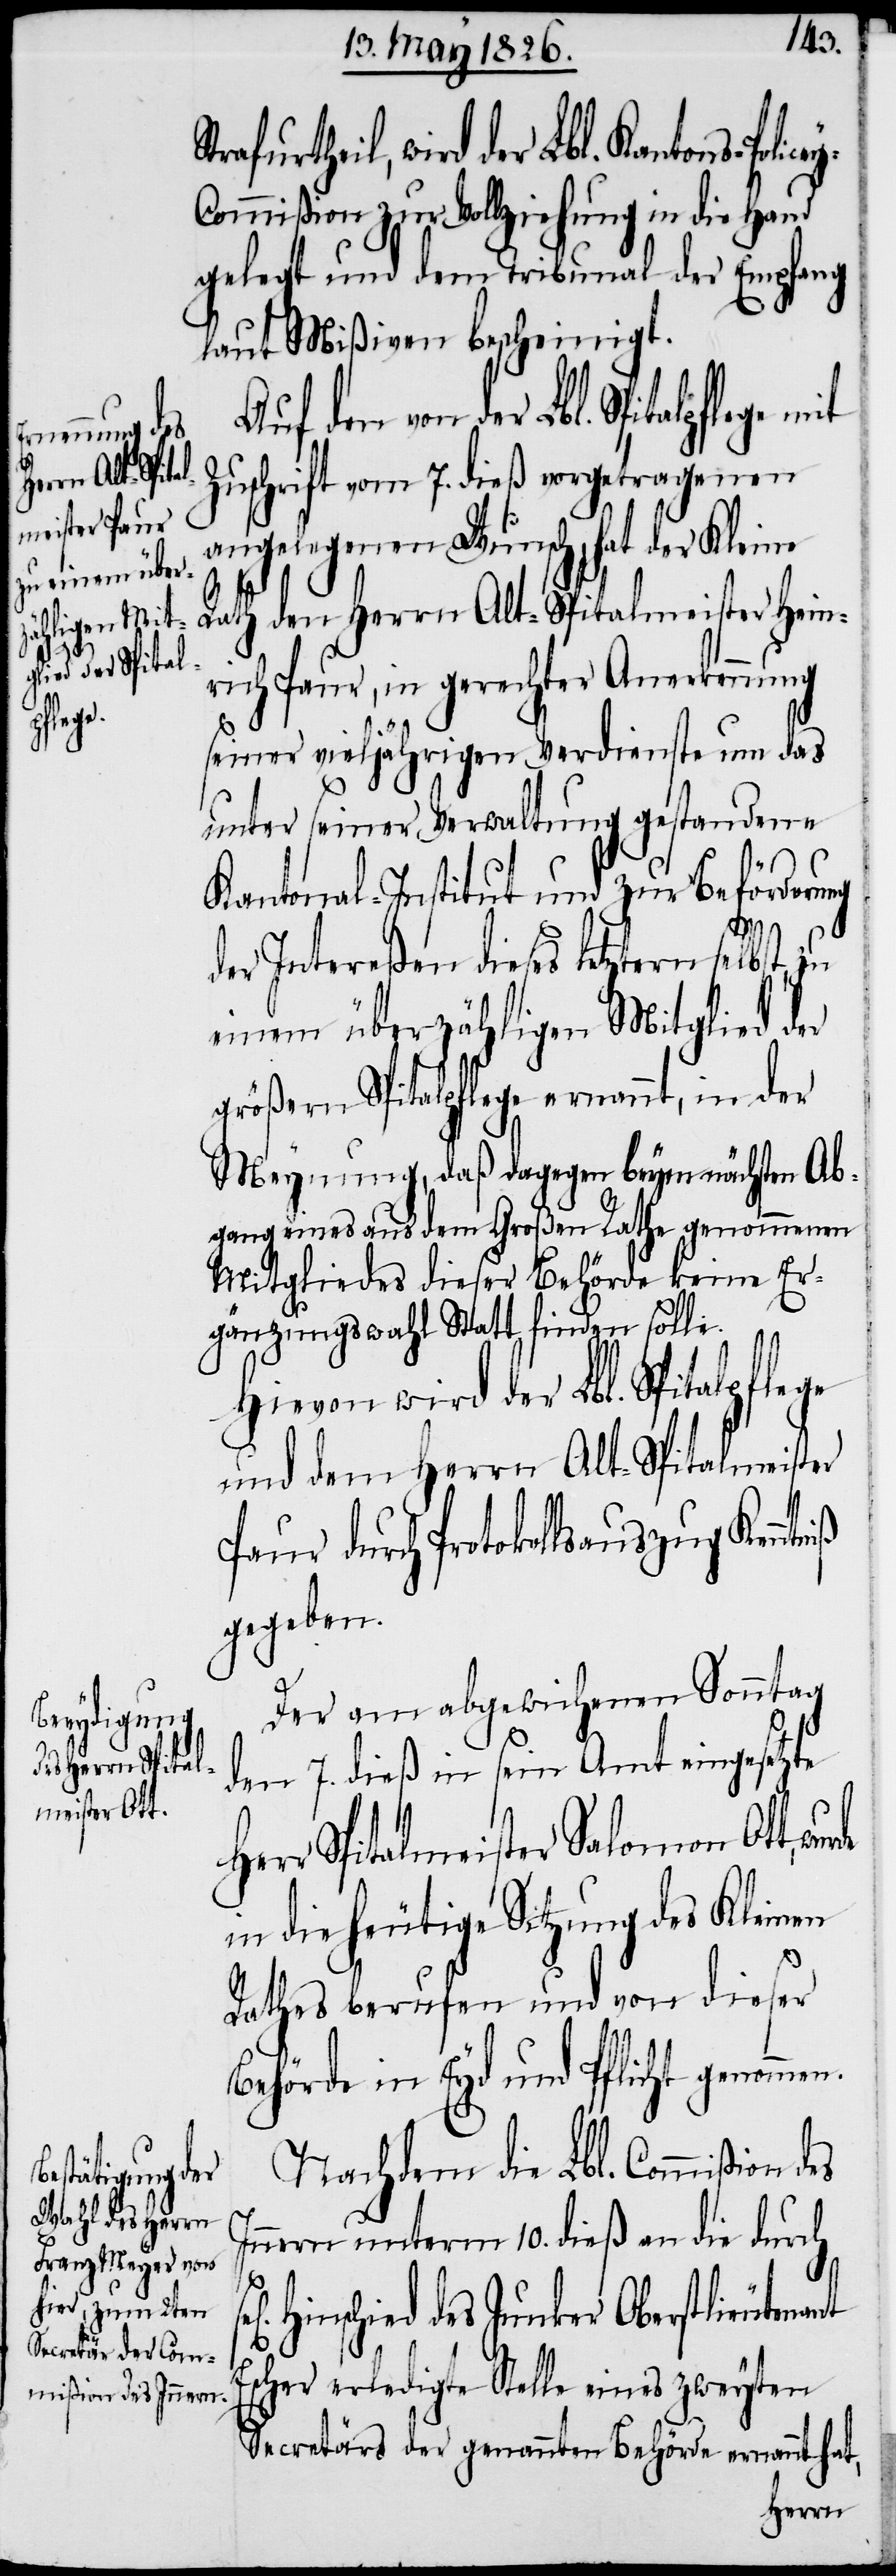
ant E¬

rtheil, wird der Lbl. Kantons-Polic¬
mmißion zur Vollziehung in die Hand
gelegt und dem Tribunal der Empfang
laut Mißiven bescheinigt.
Auf den von der Lbl. Spitalpflege
Zuschrift vom 7. dieß vorgetragenen
angelegenen Wunsch, hat der Kleine
Rath den Herrn Alt-Spitalmeister Hein¬
rich Paur, in gerechter Anerkennung
seiner vieljährigen Verdienste um das
unter seiner Verwaltung gestandene
Kantonal-Institut und zur Beförderung
der Intereßen dieses letztern selbst,
einem überzähligen Mitglied der
größern Spitalpflege ernannt, in der
Meynung, daß dagegen beym nächsten Ab¬
gang eines aus dem Großen Rathe genommenen
Mitgliedes dieser Behörde keine Er¬
gänzungswahl Statt finden solle.
Hievon wird der Lbl. Spital¬
und dem Herrn Alt-Spitalmeister
Paur durch Protokollsauszug Kenntniß
gegeben.
Der am abgewichenen Sonntag
den 7. dieß in sein Amt eingesetzte
Herr Spitalmeister Salomon Ott,
in die heutige Sitzung des Kleinen
Rathes berufen und von dieser
Behörde in Eyd und Pflicht genom¬
Nachdem die Lbl. Commißion
Innern unterm 10. dieß an die durch
Hinschied des Junker Oberstlieuten¬
scher erledigte Stelle eines zweyten
Secretärs der genannten Behörde ernannt hat,